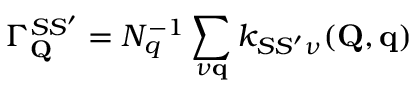
\Gamma _ { \mathbf { Q } } ^ { S S ^ { \prime } } = N _ { q } ^ { - 1 } \sum _ { \nu \mathbf { q } } k _ { S S ^ { \prime } \nu } ( \mathbf { Q } , \mathbf { q } )